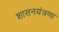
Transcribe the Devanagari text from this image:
शासनयंत्रणा